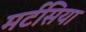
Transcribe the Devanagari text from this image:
मर्टसिया